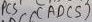
Text: PC5 (ADC5)